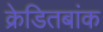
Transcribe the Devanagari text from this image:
क्रेडितबांक